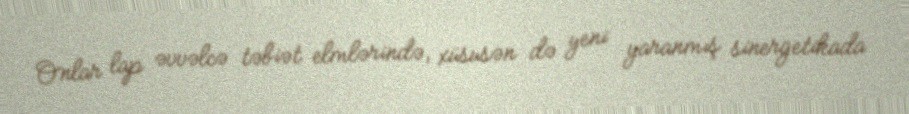
Onlar lap əvvəlcə təbiət elmlərində, xüsusən də yeni yaranmış sinergetikada